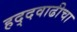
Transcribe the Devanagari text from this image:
हद्दवाढीचा